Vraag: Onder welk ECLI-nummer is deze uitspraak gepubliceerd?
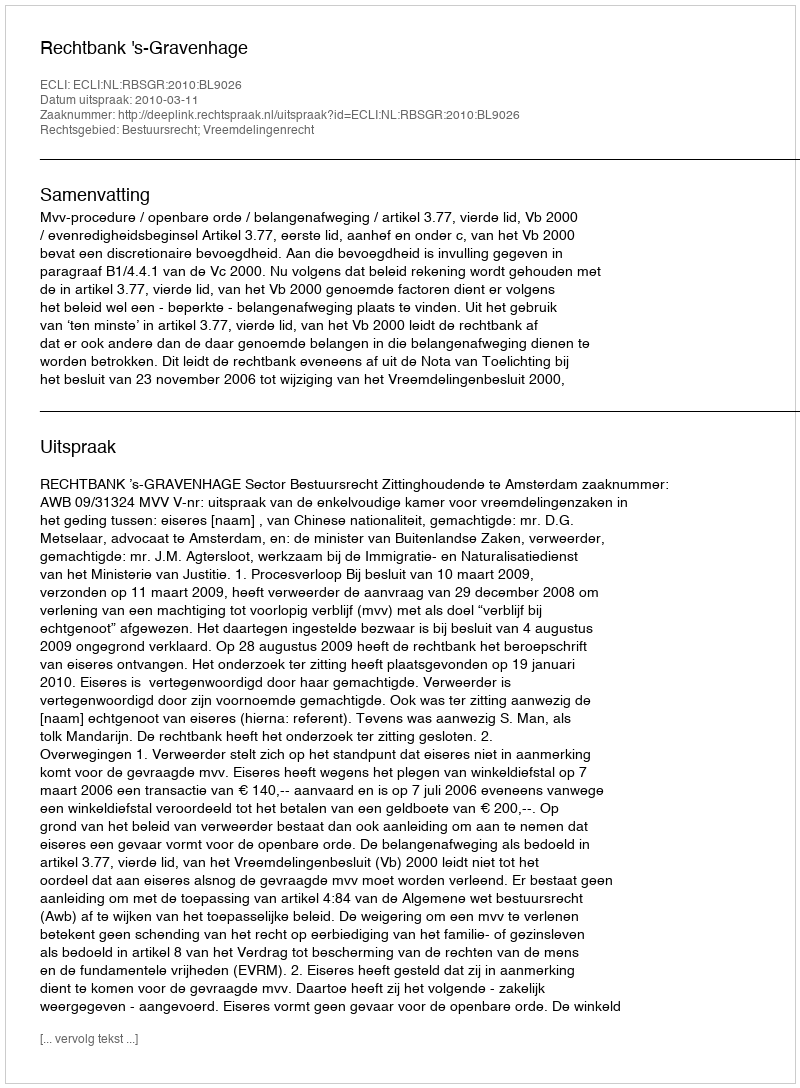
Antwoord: ECLI:NL:RBSGR:2010:BL9026